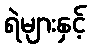
ရဲများနှင့်